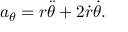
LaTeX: a _ { \theta } = r { \ddot { \theta } } + 2 { \dot { r } } { \dot { \theta } } .